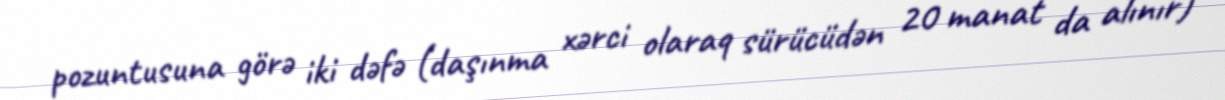
pozuntusuna görə iki dəfə (daşınma xərci olaraq sürücüdən 20 manat da alınır)